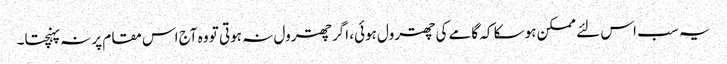
یہ سب اس لئے ممکن ہوسکا کہ گامے کی چھترول ہوئی، اگر چھترول نہ ہوتی تو وہ آج اس مقام پر نہ پہنچتا۔